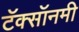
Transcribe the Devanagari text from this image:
टॅक्सॉनमी